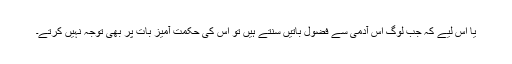
یا اس لیے کہ جب لوگ اس آدمی سے فضول باتیں سنتے ہیں تو اس کی حکمت آمیز بات پر بھی توجہ نہیں کرتے۔